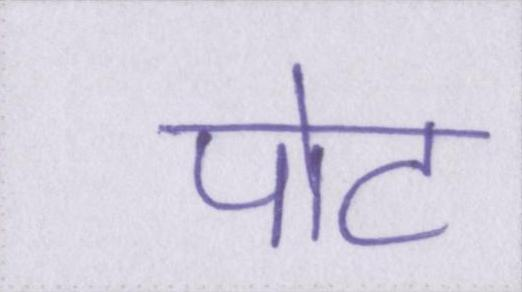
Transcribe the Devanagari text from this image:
पोट